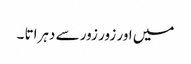
میں اور زور زور سے دہراتا ۔